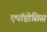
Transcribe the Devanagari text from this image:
एपॉप्टोसिस